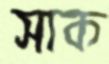
সাক